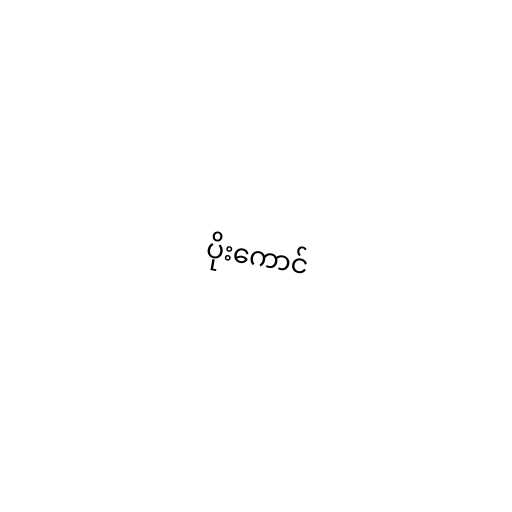
ပိုးကောင်